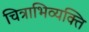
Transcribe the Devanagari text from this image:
चित्राभिव्यक्ति